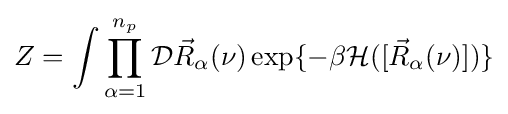
Z=\int \prod _{\alpha =1}^{n_{p}}{\mathcal {D}}{\vec {R}}_{\alpha }(\nu )\exp\{-\beta {\mathcal {H}}([{\vec {R}}_{\alpha }(\nu )])\}